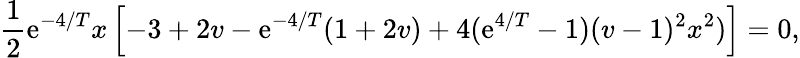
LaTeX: \frac{1}{2}\mathrm{e}^{-4/T}x\left[-3+2v-\mathrm{e}^{-4/T}(1+2v)+4(\mathrm{e}^{4/T}-1)(v-1)^{2}x^{2})\right]=0,